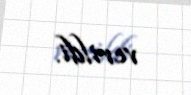
verildi.